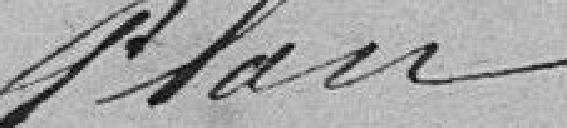
Plan